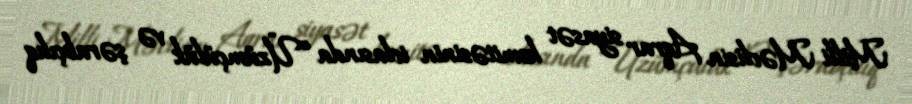
Milli Məclisin Aqrar siyasət komitəsinin iclasında “Üzümçülük və şərabçılıq